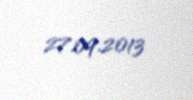
27.09.2013